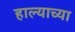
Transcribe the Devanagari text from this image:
हाल्याच्या